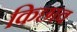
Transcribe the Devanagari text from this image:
किछाव